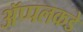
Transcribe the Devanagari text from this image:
ॲप्पलकडे